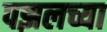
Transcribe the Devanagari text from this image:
पझलच्या